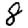
Digit: 8